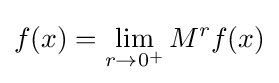
f(x)=\lim _{r\to 0^{+}}M^{r}f(x)